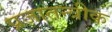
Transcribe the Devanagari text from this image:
प्रजातन्त्रीक